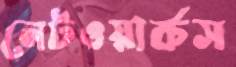
নেটওয়ার্কস